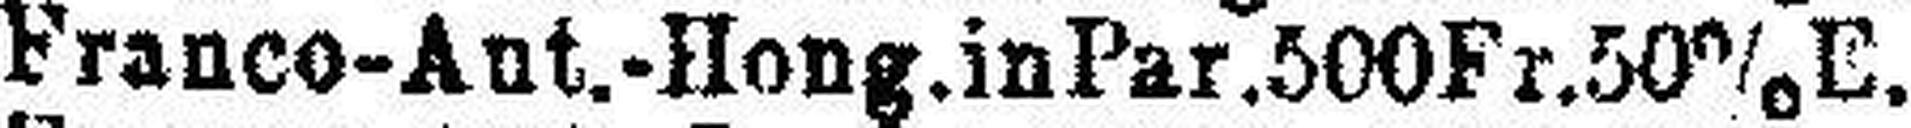
Franco-Ant.-Hong.in Par. 500Fr. 50% E.